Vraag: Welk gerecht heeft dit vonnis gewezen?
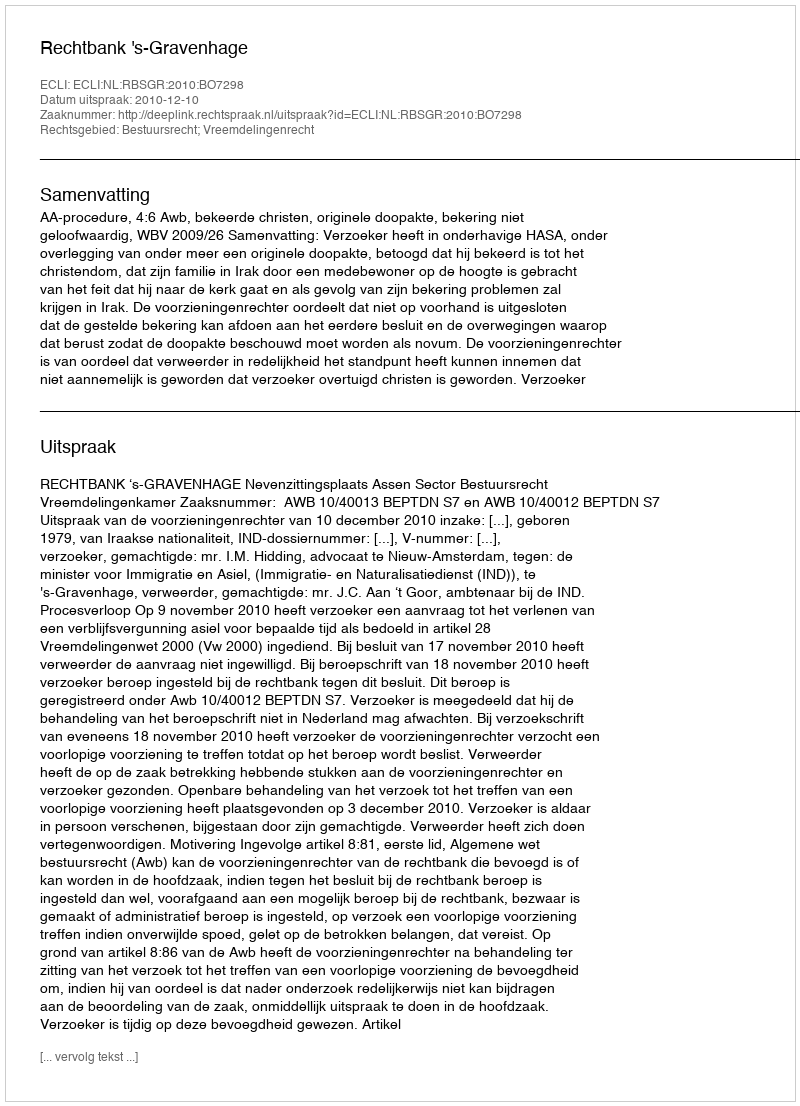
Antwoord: Rechtbank 's-Gravenhage